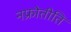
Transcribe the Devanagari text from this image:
नफ्रोेतीति